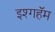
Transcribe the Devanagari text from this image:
इश्गहॅम